Eesti_Rahvusfond, lk 32
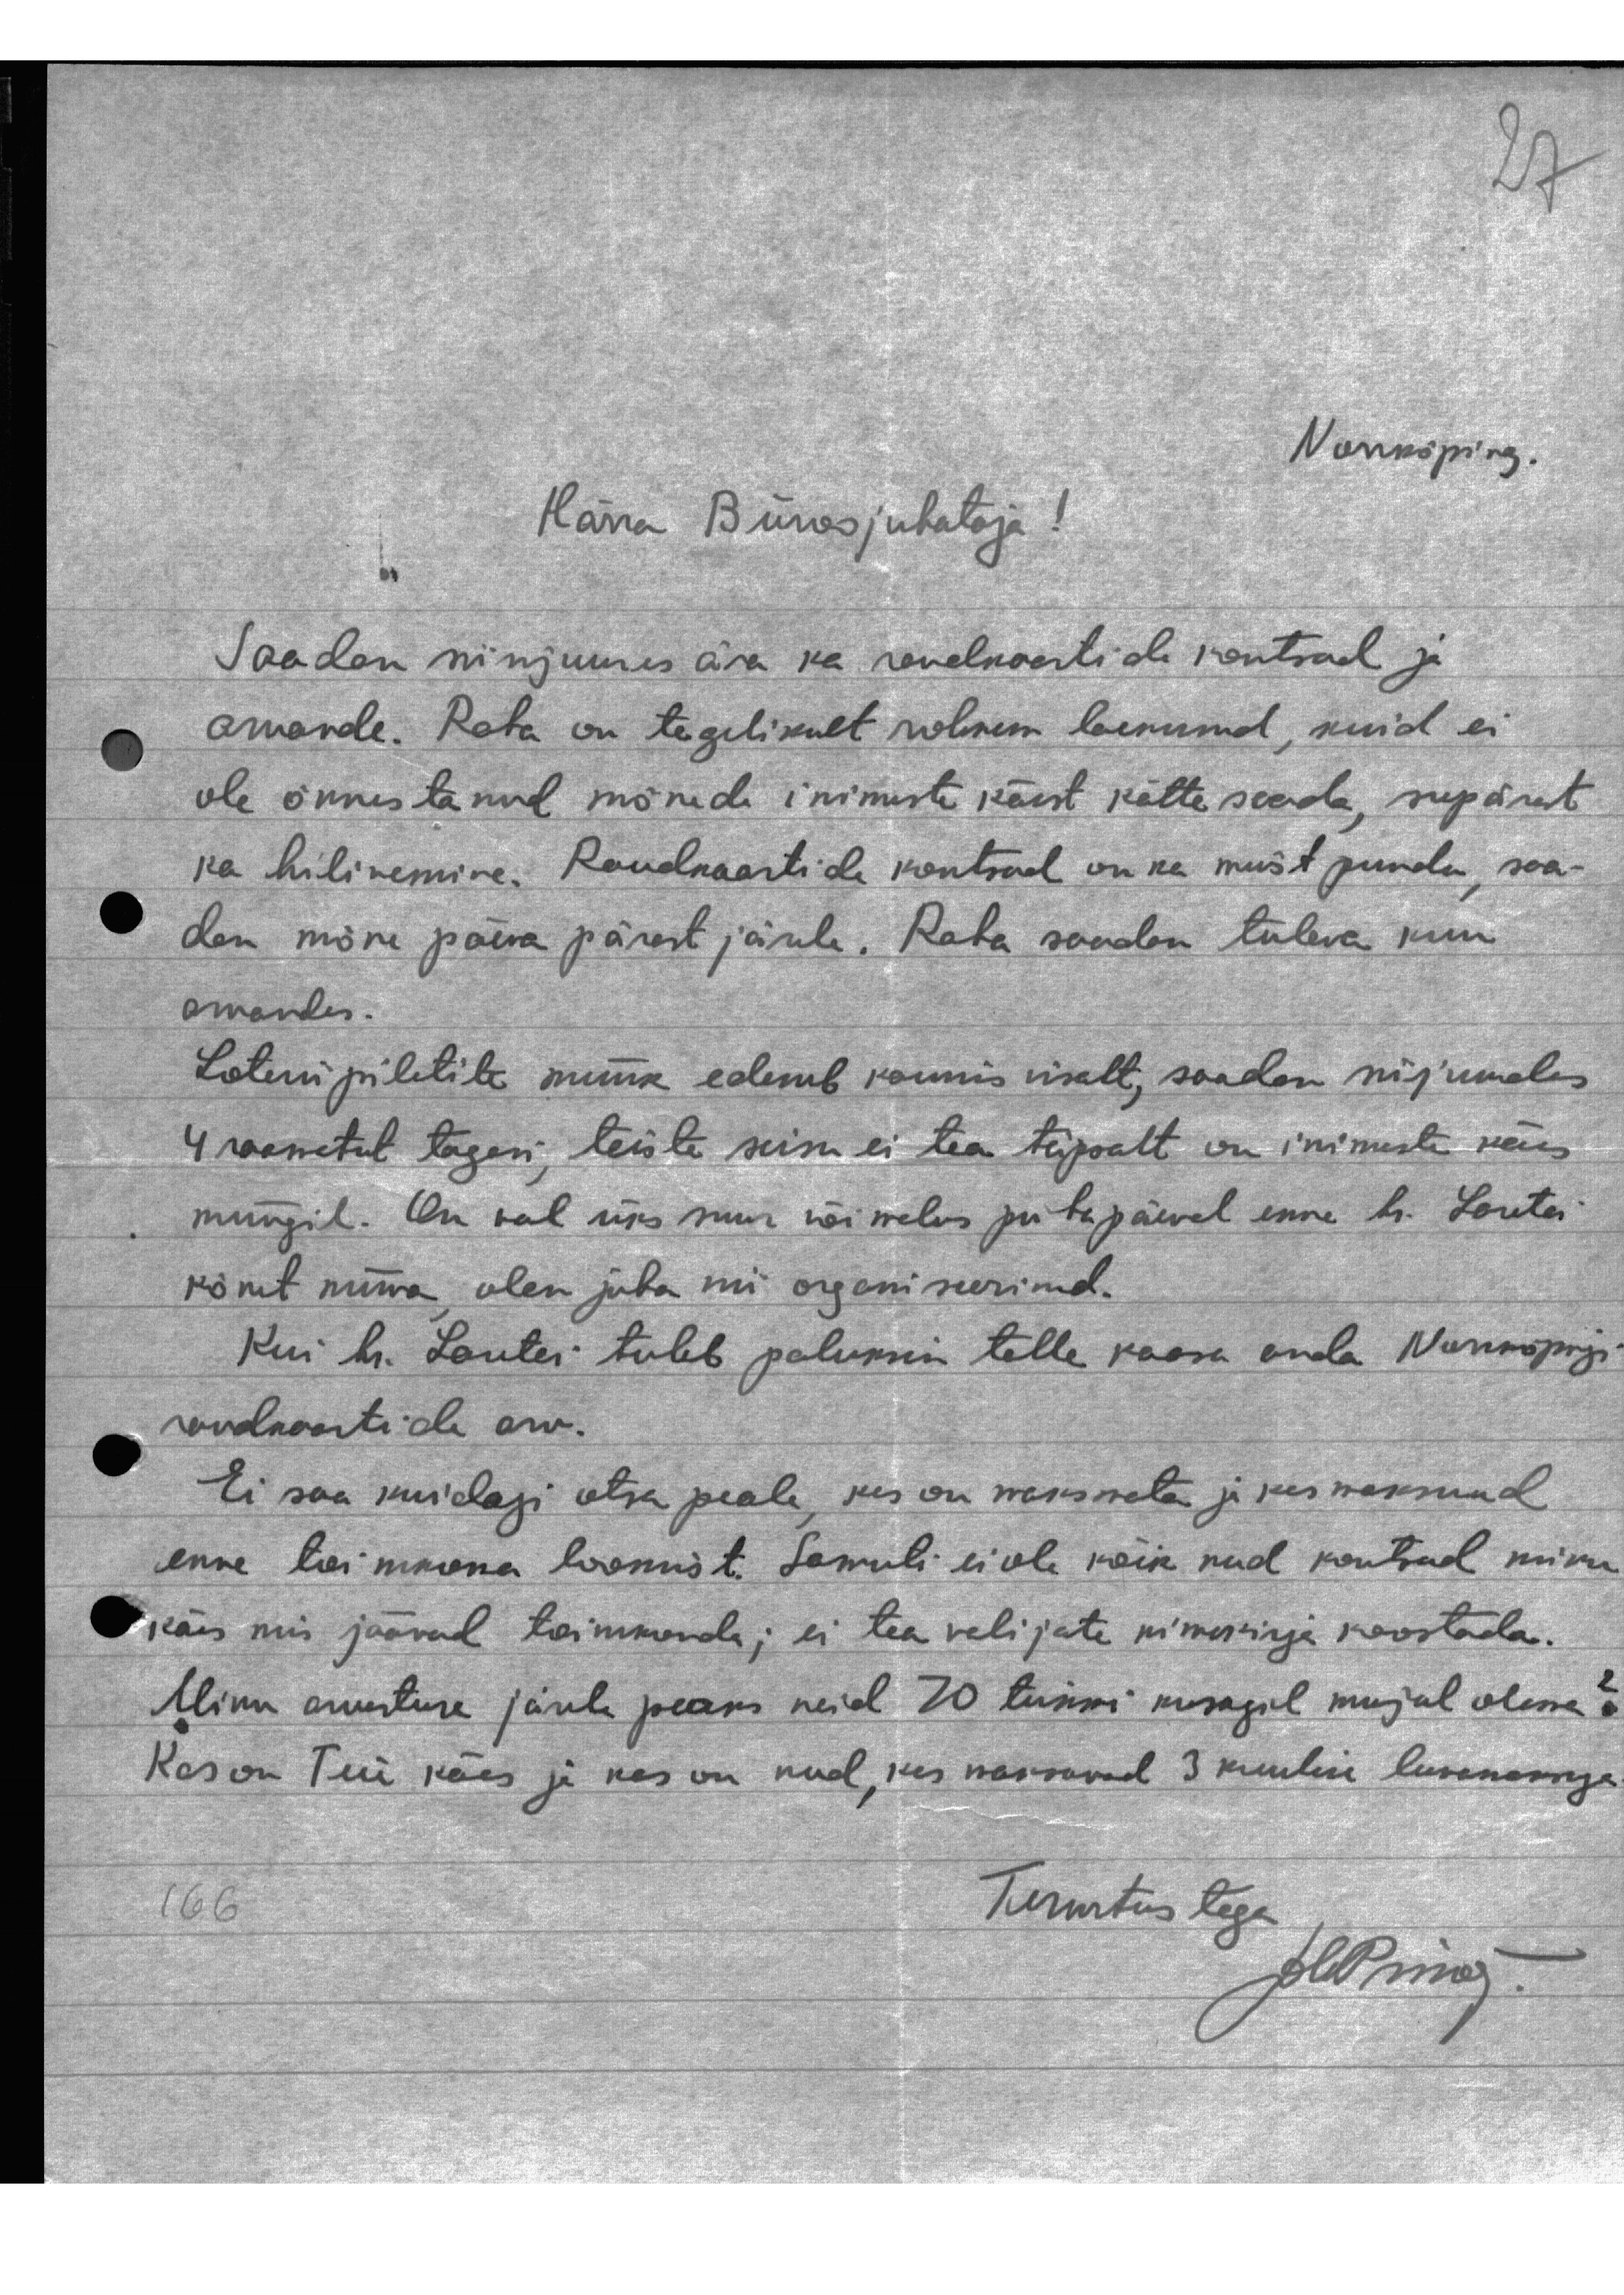
Norrköping
Härra Büroojuhataja!
Saadan siinjuures ära ka raudkaartide kontsad ja
aruande. Raha on tegelikult rohkem laekunud, kuid ei
ole õnnestanud mõnede inimeste käest kätte saada, seepärast
ka hilinemine. Raudkaartide kontsad on ka must puudu, saa-
dan mõne päeva pärast järele. Raha saadan tuleva kuu
aruandes.
Loterii piletite müük edeneb kaunis visalt, saadan siis umbes
4 raamatut tagasi, teiste seisu ei tea täpselt on inimeste käes
müügil. On veel üks suur võimalus pühapäeval enne hr. Loretei
kõnet mina olen juba nii organiseerinud.
Kui hr. Loretei tuleb paluksin talle kaasa anda Norrköpingi
raudkaartide arv.
Ei saa kuidagi otsa peale, kes on maksmata ja kes maksnud
enne toimkona loomist. Samuti ei ole kõik nad kontsud minu
käis mis jäävad toimkonda; ei tea valijate nimekirja koostada.
Minu arustuse järele peaks neid 70 tükki kusagil mujul olema.
Kas on Teie käes ja kas on need, kes maksavad 3 kuulise lunamaksuga
Tervitustega
plipma